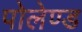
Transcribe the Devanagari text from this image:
पोलेण्ड